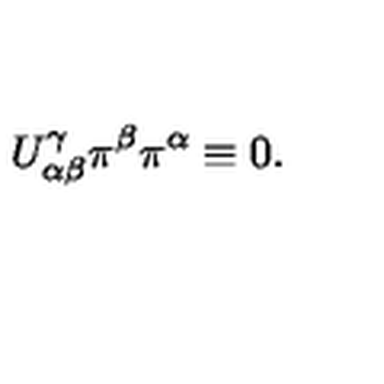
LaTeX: U _ { \alpha \beta } ^ { \gamma } \pi ^ { \beta } \pi ^ { \alpha } \equiv 0 .